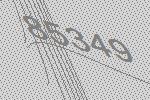
85349